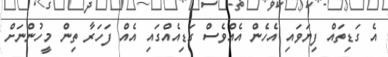
އެ ގަޑިތައް ފިޔަވައި އެހެން އެއްވެސް ގަޑިއެއްގައި އެއް ފަހަރާ ތިން މީހުންނަށް